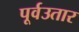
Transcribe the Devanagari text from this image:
पूर्वउतार